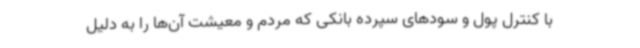
با کنترل پول و سودهای سپرده بانکی که مردم و معیشت آن‌ها را به دلیل